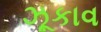
ઝૂકાવ